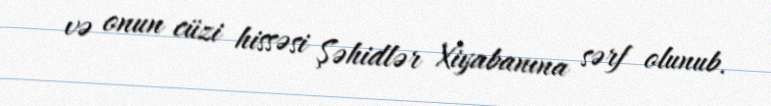
və onun cüzi hissəsi Şəhidlər Xiyabanına sərf olunub.